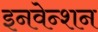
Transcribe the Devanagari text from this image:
इनवेन्शन